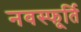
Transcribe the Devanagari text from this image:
नवस्फूर्ति